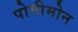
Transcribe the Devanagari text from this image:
पोमीमोन